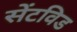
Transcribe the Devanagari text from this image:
सेंटविड